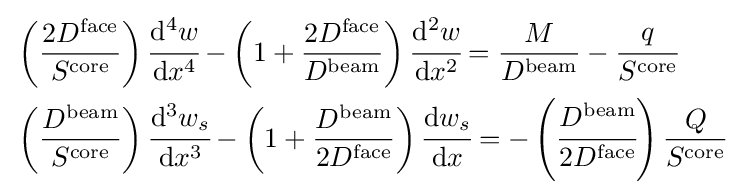
{\begin{aligned}&\left({\frac {2D^{\mathrm {face} }}{S^{\mathrm {core} }}}\right){\cfrac {\mathrm {d} ^{4}w}{\mathrm {d} x^{4}}}-\left(1+{\frac {2D^{\mathrm {face} }}{D^{\mathrm {beam} }}}\right){\cfrac {\mathrm {d} ^{2}w}{\mathrm {d} x^{2}}}={\frac {M}{D^{\mathrm {beam} }}}-{\cfrac {q}{S^{\mathrm {core} }}}\\&\left({\frac {D^{\mathrm {beam} }}{S^{\mathrm {core} }}}\right){\cfrac {\mathrm {d} ^{3}w_{s}}{\mathrm {d} x^{3}}}-\left(1+{\frac {D^{\mathrm {beam} }}{2D^{\mathrm {face} }}}\right){\cfrac {\mathrm {d} w_{s}}{\mathrm {d} x}}=-\left({\cfrac {D^{\mathrm {beam} }}{2D^{\mathrm {face} }}}\right){\frac {Q}{S^{\mathrm {core} }}}\,\end{aligned}}